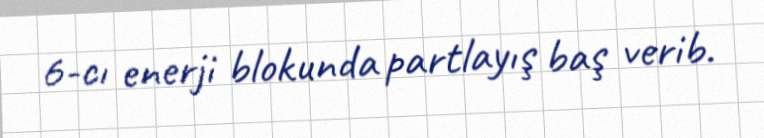
6-cı enerji blokunda partlayış baş verib.